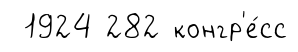
1924 282 конгр'е́сс